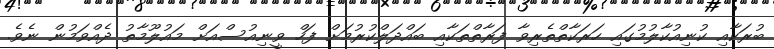
ބުރަކާއި ކުނިއުކާލުމުގައި ހަރަކާތްތެރިވާ ފަރާތްތަކާއި ބައްދަލްކުރުމަށް ފަހް ވީނިއުސްއަށް މައުލޫމާތު ދެއްވަމުން ނެވެ.